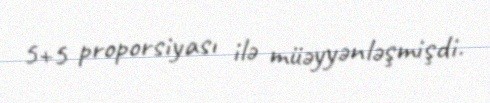
5+5 proporsiyası ilə müəyyənləşmişdi.